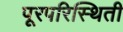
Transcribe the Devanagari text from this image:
पूरपरिस्थिती